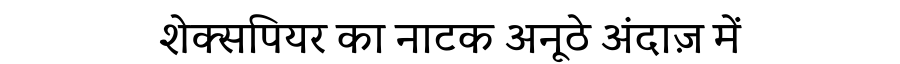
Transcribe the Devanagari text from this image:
शेक्सपियर का नाटक अनूठे अंदाज़ में